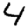
Digit: 4